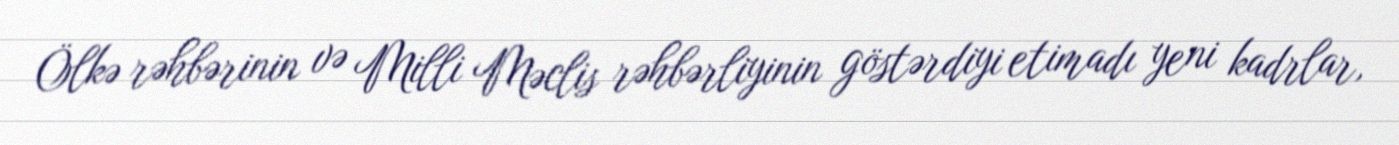
Ölkə rəhbərinin və Milli Məclis rəhbərliyinin göstərdiyi etimadı yeni kadrlar,